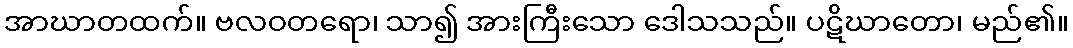
အာဃာတထက်။ ဗလဝတရော၊ သာ၍ အားကြီးသော ဒေါသသည်။ ပဋိဃာတော၊ မည်၏။